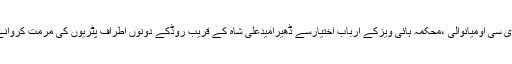
عوامی وسماجی حلقوں نے ڈی سی اومیانوالی ،محکمہ ہائی ویزکے ارباب اختیارسے ڈھیرامیدعلی شاہ کے قریب روڈکے دونوں اطراف پٹریوں کی مرمت کروانے کافی الفور مطالبہ کیا ہے۔